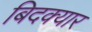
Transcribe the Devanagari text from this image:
बिदक्यार